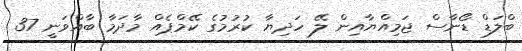
ބްލަޑް ޑޯނާސް ޖަމިއްޔާއިން ލޭ ހަދިޔާ ކުރުމުގެ ކޭމްޕެއް މާދަމާ ބާއްވަނީ 37